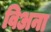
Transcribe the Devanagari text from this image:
विअना